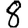
Digit: 8